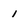
Character: i